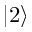
| 2 \rangle